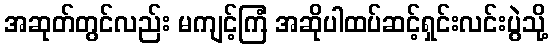
အဆုတ်တွင်လည်း မကျင့်ကြံ အဆိုပါထပ်ဆင့်ရှင်းလင်းပွဲသို့